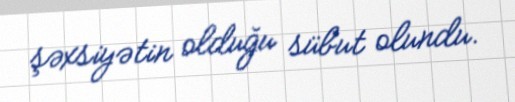
şəxsiyətin olduğu sübut olundu.